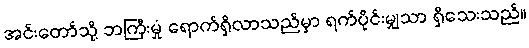
အင်းတော်သို့ ဘကြီးမှုံ ရောက်ရှိလာသည်မှာ ရက်ပိုင်းမျှသာ ရှိသေးသည်။